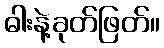
ဓါးနဲ့ခုတ်ဖြတ်။